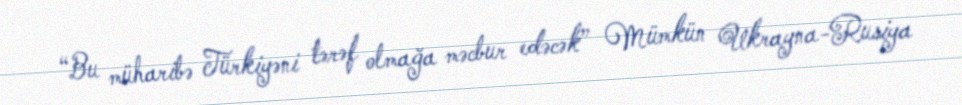
“Bu müharibə Türkiyəni tərəf olmağa məcbur edəcək” Mümkün Ukrayna-Rusiya